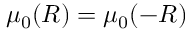
\mu _ { 0 } ( R ) = \mu _ { 0 } ( - R )